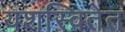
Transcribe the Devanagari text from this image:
यशस्वितेत